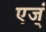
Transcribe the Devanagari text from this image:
एज्ं